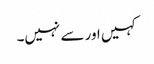
کہیں اور سے نہیں۔